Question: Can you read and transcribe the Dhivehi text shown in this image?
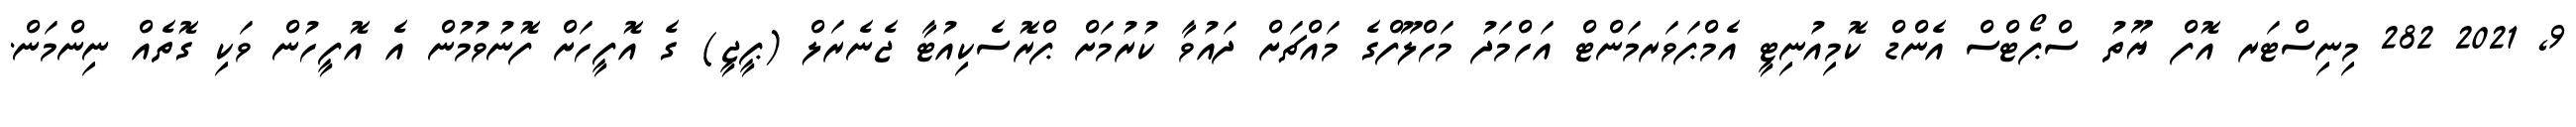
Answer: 9, 2021 282 މިނިސްޓަރ އޮފް ޔޫތު ސްޕޯޓްސް އެންޑް ކޮމިއުނިޓީ އެމްޕަވަރމަންޓް އަހްމަދު މަހްލޫފްގެ މައްޗަށް ދައުވާ ކުރުމަށް ޕްރޮސެކިއުޓާ ޖެނެރަލް (ޕީޖީ) ގެ އޮފީހަށް ފޮނުވުމުން އެ އޮފީހުން ވަކި ގޮތެއް ނިންމަން.